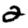
Digit: 2